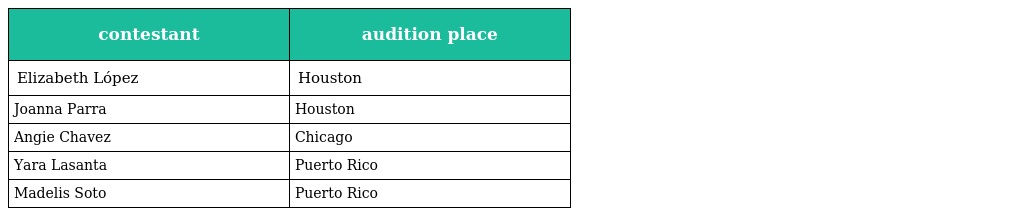
| contestant | audition place |
 | --- | --- |
 | Elizabeth López | Houston |
 | Joanna Parra | Houston |
 | Angie Chavez | Chicago |
 | Yara Lasanta | Puerto Rico |
 | Madelis Soto | Puerto Rico |